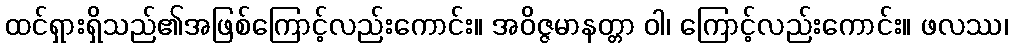
ထင်ရှားရှိသည်၏အဖြစ်ကြောင့်လည်းကောင်း။ အဝိဇ္ဇမာနတ္တာ ဝါ၊ ကြောင့်လည်းကောင်း။ ဖလဿ၊